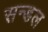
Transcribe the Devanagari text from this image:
सन्डल